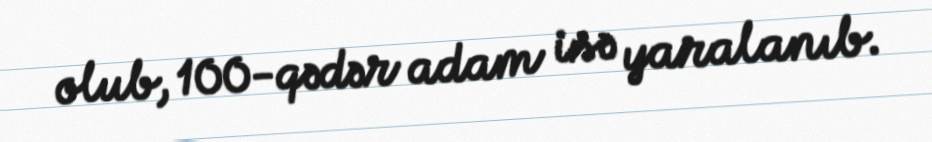
olub, 100-qədər adam isə yaralanıb.